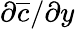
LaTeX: \partial\overline{{c}}/\partial y